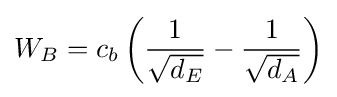
W_{B}=c_{b}\left({\frac {1}{\sqrt {d_{E}}}}-{\frac {1}{\sqrt {d_{A}}}}\right)